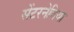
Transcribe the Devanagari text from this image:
सेंटरनेविया